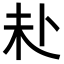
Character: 𪟾